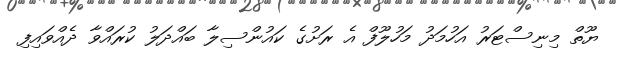
ޔޫތް މިނިސްޓަރު އަހުމަދު މަހުލޫފް އެ ރަށުގެ ކައުންސިލާ ބައްދަލު ކުރައްވާ ދެއްވައިފި